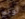
لونج